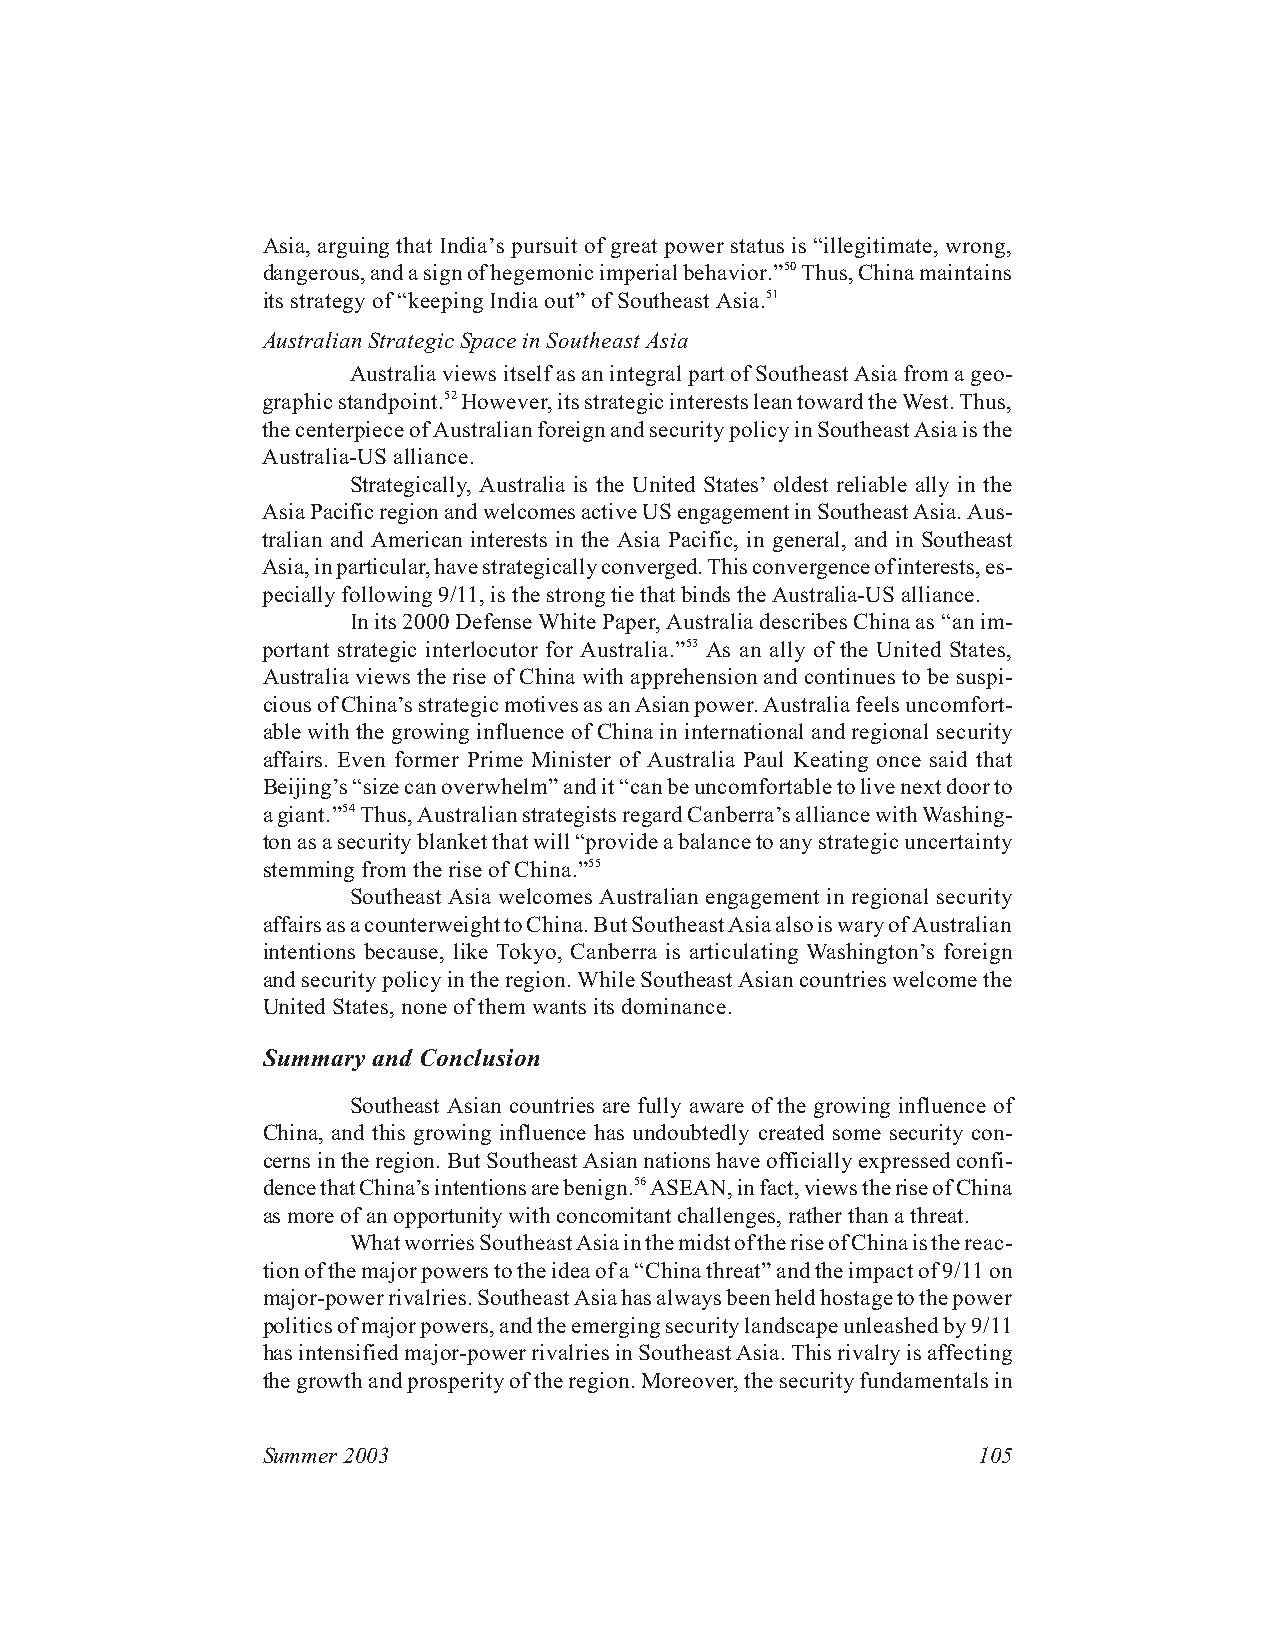
Asia, arguing that India’s pursuit of great power status is “illegitimate, wrong,
 dangerous,andasignofhegemonicimperialbehavior.”50Thus,Chinamaintains
 itsstrategyof“keepingIndiaout”ofSoutheastAsia.51
 AustralianStrategicSpaceinSoutheastAsia
 AustraliaviewsitselfasanintegralpartofSoutheastAsiafromageo-
 graphicstandpoint.52However,itsstrategicinterestsleantowardtheWest.Thus,
 thecenterpieceofAustralianforeignandsecuritypolicyinSoutheastAsiaisthe
 Australia-USalliance.
 Strategically, Australia is the United States’oldest reliable ally in the
 AsiaPacificregionandwelcomesactiveUSengagementinSoutheastAsia.Aus-
 tralian and American interests in the Asia Pacific, in general, and in Southeast
 Asia,inparticular,havestrategicallyconverged.Thisconvergenceofinterests,es-
 peciallyfollowing9/11,isthestrongtiethatbindstheAustralia-USalliance.
 Inits2000DefenseWhitePaper,AustraliadescribesChinaas“anim-
 portant strategic interlocutor for Australia.”53 As an ally of the United States,
 Australia views the rise of China with apprehension and continues to be suspi-
 ciousofChina’sstrategicmotivesasanAsianpower.Australiafeelsuncomfort-
 able with the growing influence of China in international and regional security
 affairs. Even former Prime Minister of Australia Paul Keating once said that
 Beijing’s“sizecanoverwhelm”andit“canbeuncomfortabletolivenextdoorto
 agiant.”54Thus,AustralianstrategistsregardCanberra’salliancewithWashing-
 tonasasecurityblanketthatwill“provideabalancetoanystrategicuncertainty
 stemmingfromtheriseofChina.”55
 Southeast Asia welcomes Australian engagement in regional security
 affairsasacounterweighttoChina.ButSoutheastAsiaalsoiswaryofAustralian
 intentions because, like Tokyo, Canberra is articulating Washington’s foreign
 andsecuritypolicyintheregion.WhileSoutheastAsiancountrieswelcomethe
 UnitedStates,noneofthemwantsitsdominance.
 Summary and Conclusion
 Southeast Asian countries are fully aware of the growing influence of
 China, and this growing influence has undoubtedly created some security con-
 cernsintheregion.ButSoutheastAsiannationshaveofficiallyexpressedconfi-
 dencethatChina’sintentionsarebenign.56ASEAN,infact,viewstheriseofChina
 asmoreofanopportunitywithconcomitantchallenges,ratherthanathreat.
 WhatworriesSoutheastAsiainthemidstoftheriseofChinaisthereac-
 tionofthemajorpowerstotheideaofa“Chinathreat”andtheimpactof9/11on
 major-powerrivalries.SoutheastAsiahasalwaysbeenheldhostagetothepower
 politicsofmajorpowers,andtheemergingsecuritylandscapeunleashedby9/11
 hasintensifiedmajor-powerrivalriesinSoutheastAsia.Thisrivalryisaffecting
 thegrowthandprosperityoftheregion.Moreover,thesecurityfundamentalsin
 Summer2003                                      105